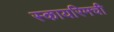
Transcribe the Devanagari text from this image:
स्कायरिमची